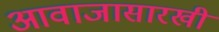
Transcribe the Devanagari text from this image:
आवाजासारखी